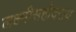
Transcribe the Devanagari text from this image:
लक्ष्मीसहोदराय